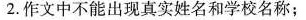
2.作文中不能出现真实姓名和学校名称;